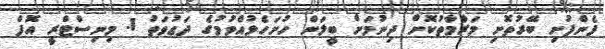
ފެންފުށި ބޭރުތޮށި މަރާމާތުކޮށް ދިނުމަށް ބީލަން ހުށަހެޅުއްވުމުގެ ދަޢުވަތު 1. މިނިސްޓްރީ އޮފް